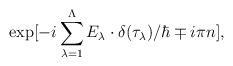
LaTeX: \begin{align*}\exp[ -i \sum_{\lambda =1}^\Lambda E_\lambda \cdot \delta(\tau_\lambda)/\hbar \mp i\pi n ],\end{align*}